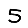
Digit: 5